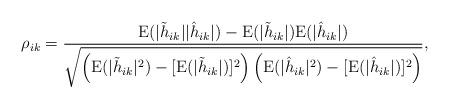
LaTeX: \begin{align*}\rho_{ik} =\frac {\text E (|\tilde h_{ik}| |\hat h_{ik}| ) -\text E(|\tilde h_{ik}|) \text E(|\hat h_{ik}|) } { \sqrt{ \left(\text E( |\tilde h_{ik}|^2 ) - [\text E (|\tilde h_{ik}|)]^2 \right) \left( \text E( |\hat h_{ik}|^2 ) - [\text E (|\hat h_{ik}|)]^2 \right) }}, \end{align*}